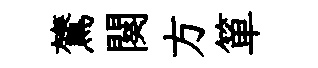
鷟闋方箪